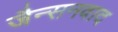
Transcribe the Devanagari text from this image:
जैन्सनवाद